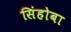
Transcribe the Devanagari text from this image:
सिंहोबा